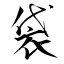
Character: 袋